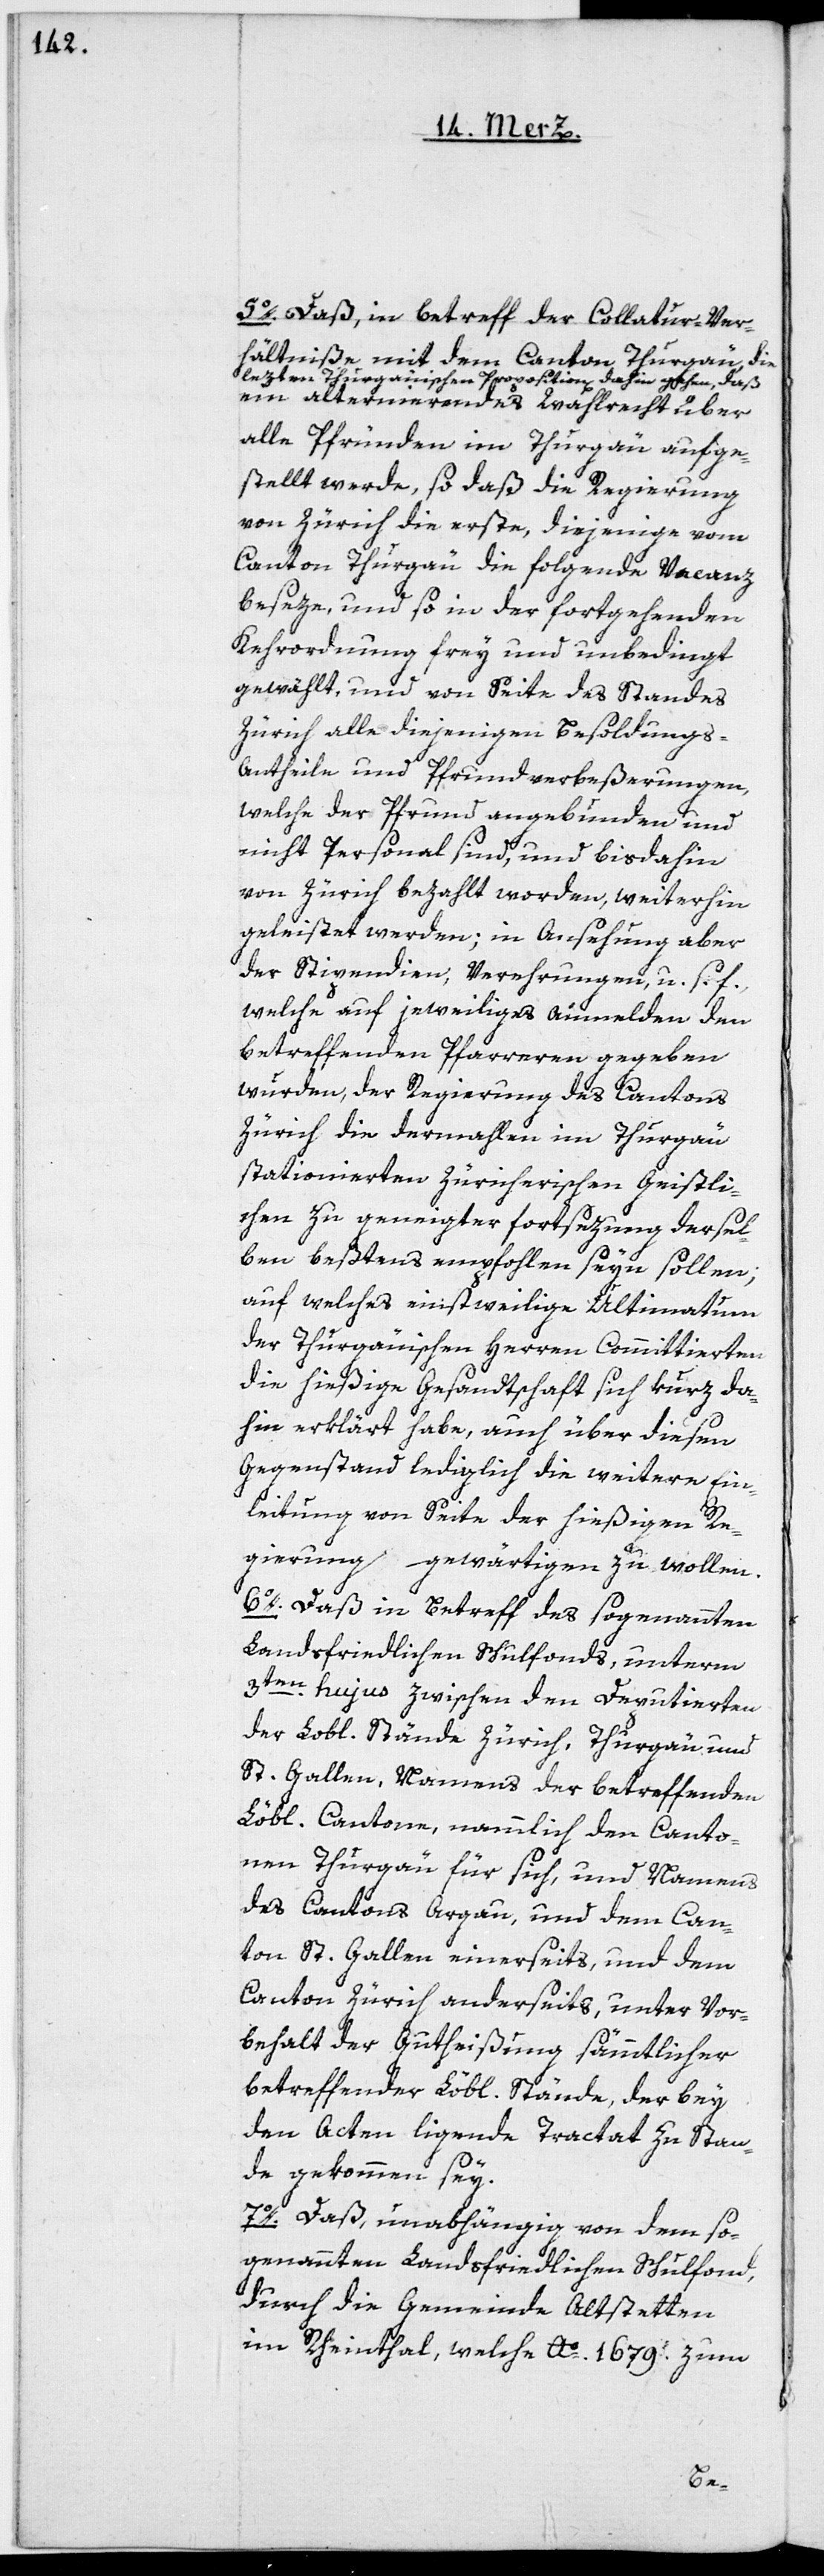
5o. Daß in Betreff der Collatur-Ver¬
hältniße mit dem Canton Thurgau die
lezten Thurgauischen Proposition[en] dahin gehen, daß
ein alternierendes Wahlrecht über
alle Pfründen im Thurgau aufge¬
stellt werde, so daß die Regierung
von Zürich die erste, diejenige vom
Canton Thurgau die folgende Vacanz
beseze, und so in der fortgehenden
Kehrordnung frey und unbedingt
gewählt, und von Seite des Standes
Zürich alle diejenigen Besoldungs-A¬
ntheile und Pfrundverbeßerungen,
welche der Pfrund angebunden und
nicht Personal sind, und bisdahin
von Zürich bezahlt worden, weiterhin
geleistet werden; in Ansehung aber
der Stipendien, Verehrungen u. s. f.,
welche auf jeweiliges Anmelden den
betreffenden Pfarreren gegeben
wurden, der Regierung des Cantons
Zürich die dermahlen im Thurgau
stationierten Zürcherischen Geistli¬
chen zu geneigter Fortsezung dersel¬
ben beßtens empfohlen seyn sollen;
auf welches einstweilige Ultimatum
der Thurgauischen Herren Committierten,
die hießige Gesandtschaft sich kurz da¬
hin erklärt habe, auch über diesen
Gegenstand lediglich die weitere Ein¬
leitung von Seite der hießigen Re¬
gierung gewärtigen zu wollen.
6o. Daß in Betreff des sogenannten
Landsfriedlichen Schulfonds, unterm
3ten hujus zwischen den Deputierten
der Lobl. Stände Zürich, Thurgau und
St. Gallen, Namens der betreffenden
Löbl. Cantone, nemmlich den Canto¬
nen Thurgau für sich und Namens
des Cantons Argau und dem Can¬
ton St. Gallen einerseits, und dem
Canton Zürich anderseits, unter Vor¬
behalt der Gutheißung sämmtlicher
betreffender Löbl. Stände, der bey
den Acten ligende Tractat zu Stan¬
de gekommen sey.
7o. Daß, unabhängig von dem so¬
genannten Landsfriedlichen Schulfond,
durch die Gemeinde Altstetten
im Rheinthal, welche Ao. 1679. zum